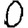
Digit: 0